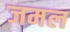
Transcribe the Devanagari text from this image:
जमल